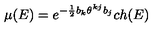
\mu ( E ) = e ^ { - \frac { 1 } { 2 } b _ { k } \theta ^ { k j } b _ { j } } c h ( E )